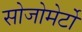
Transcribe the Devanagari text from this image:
सोजोमेर्टो